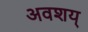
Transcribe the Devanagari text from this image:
अवशय्